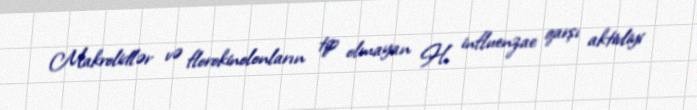
Makrolidlər və florokinolonların tip olmayan H. influenzae qarşı aktivliyi